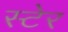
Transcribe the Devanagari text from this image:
स्टेर